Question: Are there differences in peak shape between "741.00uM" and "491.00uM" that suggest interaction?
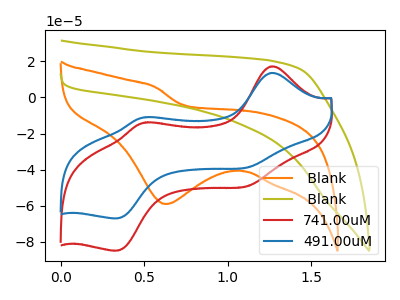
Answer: <think>The orange curve " Blank" has a cathodic peak at: (0.65V, -59.05uA). The olive curve " Blank" has no peaks. The red curve "741.00uM" has anodic peaks at (1.25V, 17.25uA) (0.50V, -13.80uA) and cathodic peaks at (1.15V, -48.65uA) (0.35V, -84.75uA). The blue curve "491.00uM" has anodic peaks at (1.25V, 13.60uA) (0.50V, -10.90uA) and cathodic peaks at (1.15V, -38.40uA) (0.35V, -66.90uA).
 All the peaks in "741.00uM" have a peak in "491.00uM" at the same potential.</think>
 <answer>No, "741.00uM" and "491.00uM" don't appear to be significantly different in shape</answer>
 <eval>no_change</eval>